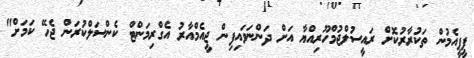
ޕީޕީއެމުން ތަކުރާރުކޮށް ރައީސުލްޖުމްހޫރިއްޔާ އަށް ދަންނަވައިފިން ޖީއެމްއާރު އެގްރިމަންޓް ކެންސަލްކުރަން ޖެހޭ ކަމަށް"